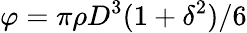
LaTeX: \varphi=\pi\rho D^{3}(1+\delta^{2})/6